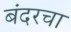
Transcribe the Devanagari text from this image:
बंदरचा